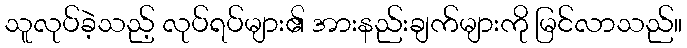
သူလုပ်ခဲ့သည့် လုပ်ရပ်များ၏ အားနည်းချက်များကို မြင်လာသည်။